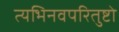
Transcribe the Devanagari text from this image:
त्यभिनवपरितुष्टो